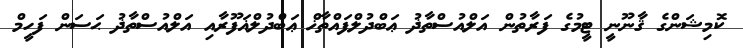
ކޮމިޝަންގެ ޤާނޫނީ ޓީމުގެ ފަރާތުން އަލްއުސްތާޛު ޢަބްދުލްފައްތާޚް ޢަބްދުލްޣަފޫރާއި އަލްއުސްތާޛު ޙަސަން ފަހީމް